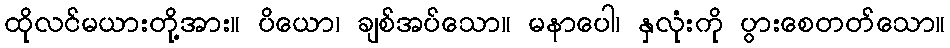
ထိုလင်မယားတို့အား။ ပိယော၊ ချစ်အပ်သော။ မနာပေါ၊ နှလုံးကို ပွားစေတတ်သော။